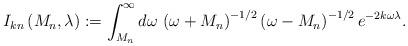
LaTeX: \begin{align*}I_{kn}\left( M_{n},\lambda \right) :=\int _{M_{n}}^{\infty }d\omega \, \left( \omega +M_{n}\right) ^{-1/2}\left( \omega -M_{n}\right) ^{-1/2}e^{-2k\omega \lambda }.\end{align*}